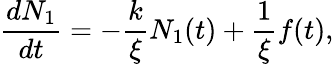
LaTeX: \frac{dN_{1}}{dt}=-\frac{k}{\xi}N_{1}(t)+\frac{1}{\xi}f(t),